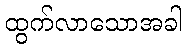
ထွက်လာသောအခါ